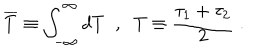
\overline { { { T } } } \equiv \int _ { - \infty } ^ { \infty } d T \; \; , \; \; T \equiv \frac { \tau _ { 1 } + \tau _ { 2 } } 2 \; .